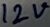
Text: 12V